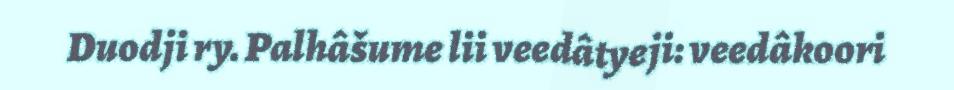
Duodji ry. Palhâšume lii veedâtyeji: veedâkoori